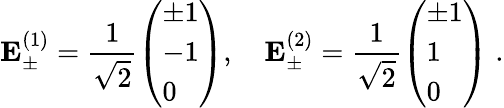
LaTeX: \mathbf{E}_{\pm}^{(1)}=\frac{1}{\sqrt{2}}\left(\begin{array}{l}{\pm 1}\\ {-1}\\ {0}\end{array}\right),\quad\mathbf{E}_{\pm}^{(2)}=\frac{1}{\sqrt{2}}\left(\begin{array}{l}{\pm 1}\\ {1}\\ {0}\end{array}\right)\; .